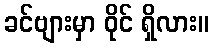
ခင်ဗျားမှာ ဝိုင် ရှိလား။